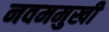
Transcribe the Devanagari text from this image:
नवममुखी